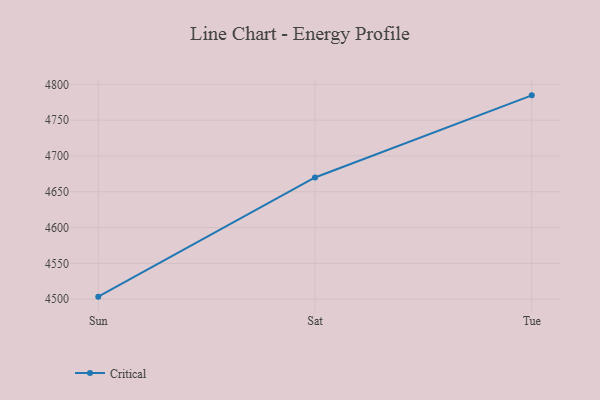
{"axis": {"x": "Day", "y": "Budget (USD K)"}, "legend": ["Critical"], "data": [{"x": "Sun", "y": 4503.5, "type": "Critical"}, {"x": "Sat", "y": 4670.0, "type": "Critical"}, {"x": "Tue", "y": 4784.7, "type": "Critical"}]}